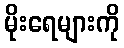
မိုးရေများကို